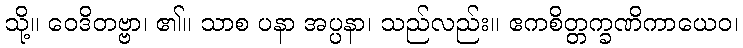
သို့။ ဝေဒိတဗ္ဗာ၊ ၏။ သာစ ပနာ အပ္ပနာ၊ သည်လည်း။ ဧကစိတ္တက္ခဏိကာယေဝ၊